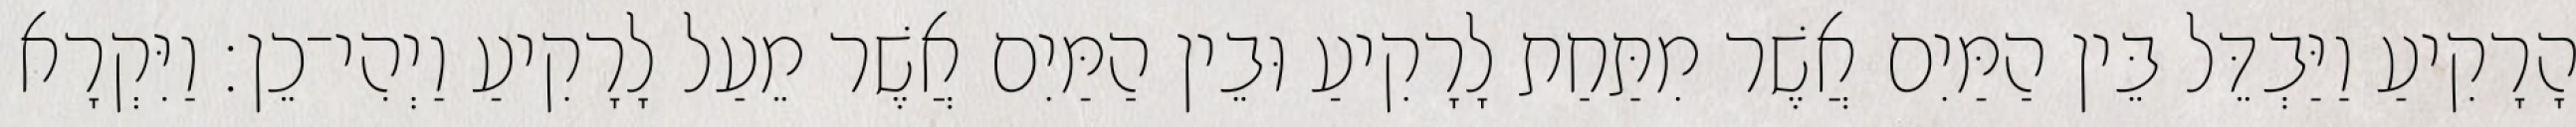
הָרָקִיעַ וַיַּבְדֵּל בֵּין הַמַּיִם אֲשֶׁר מִתַּחַת לָרָקִיעַ וּבֵין הַמַּיִם אֲשֶׁר מֵעַל לָרָקִיעַ וַיְהִי־כֵן׃ וַיִּקְרָא